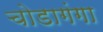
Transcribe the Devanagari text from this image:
चोडागंगा